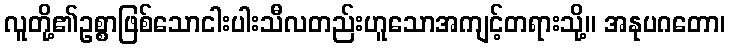
လူတို့၏ဥစ္စာဖြစ်သောငါးပါးသီလတည်းဟူသောအကျင့်တရားသို့။ အနုပဂတော၊